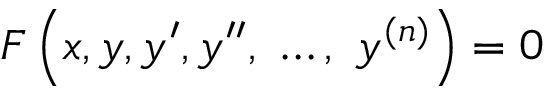
F \left( x , y , y ^ { \prime } , y ^ { \prime \prime } , \ \ldots , \ y ^ { ( n ) } \right) = 0